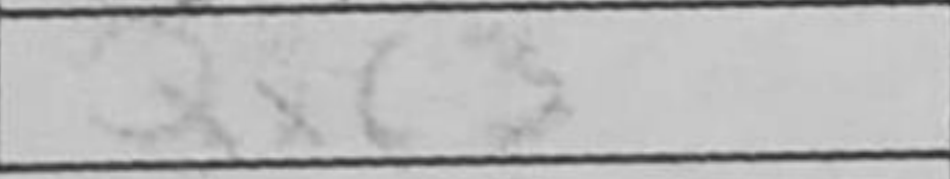
Transcription: Qxc3